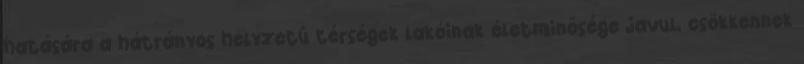
hatására a hátrányos helyzetű térségek lakóinak életminősége javul, csökkennek